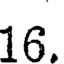
16.